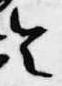
令